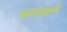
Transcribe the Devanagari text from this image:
जगतलक्ष्मी